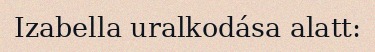
Izabella uralkodása alatt: